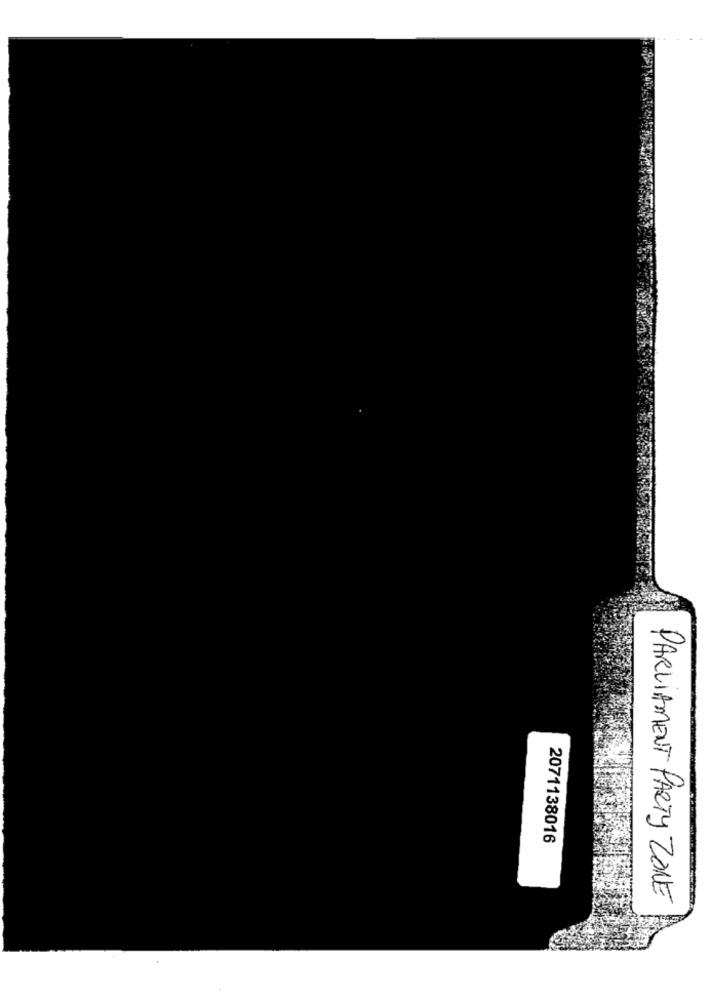
2071138016
PARLIAMENT PARTY ZONE